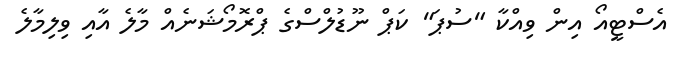
އެސްޓީއޯ އިން ވިއްކާ "ސުޕަ" ކަޕް ނޫޑުލްސްގެ ޕްރޮމޯޝަނެއް މާލެ އާއި ވިލިމާލެ